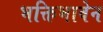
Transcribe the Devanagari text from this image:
भक्तिभावेन